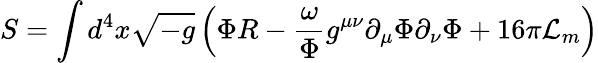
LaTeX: S=\int d^{4}x\sqrt{-g}\left(\Phi R-\frac{\omega}{\Phi}g^{\mu\nu}\partial_{\mu}\Phi\partial_{\nu}\Phi+16\pi{\cal L}_{m}\right)